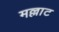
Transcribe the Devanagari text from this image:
मल्लाट